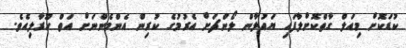
ކުޑަކޮށް މިއަލް ގާތްކޮށްލާފައި ޔައުލާން ލޯންޗަށް އެރުމުގެ ކުރިން އެންމެންނަށް އަތް ހޫރާލިއެވެ.